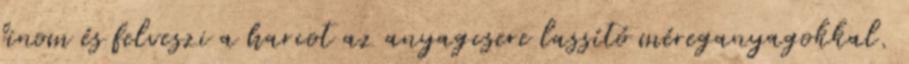
finom és felveszi a harcot az anyagcsere lassító méreganyagokkal.